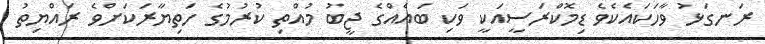
ރަނގަޅު ވާހަކައެކެވެ ޑިމޮކްރަސީއަކީ ވަކި ބައެއްގެ ޖީބު މުއްތި ކުރުމުގެ ހަތިޔާރަކަށްވެ ރައްޔިތު